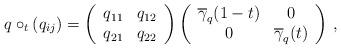
LaTeX: \begin{align*}q \circ_t \left( q_{ij}\right) =\left( \begin{array}{cc} q_{11} & q_{12} \\ q_{21} & q_{22} \end{array}\right)\left( \begin{array}{cc} \overline{\gamma}_q(1-t) & 0 \\ 0 & \overline{\gamma}_q(t) \end{array}\right)\, , \end{align*}